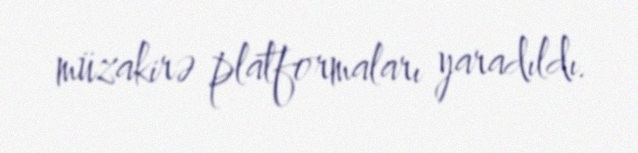
müzakirə platformaları yaradıldı.